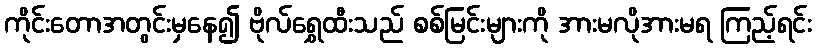
ကိုင်းတောအတွင်းမှနေ၍ ဗိုလ်ရွှေထီးသည် စစ်မြင်းများကို အားမလိုအားမရ ကြည့်ရင်း